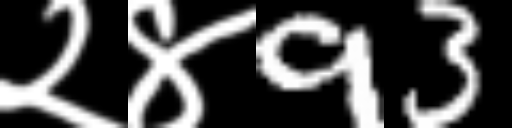
Text: २४93